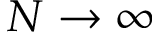
N \rightarrow \infty